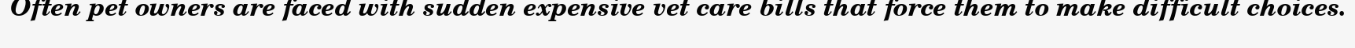
Often pet owners are faced with sudden expensive vet care bills that force them to make difficult choices.